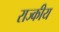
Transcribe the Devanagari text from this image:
राज्कीय